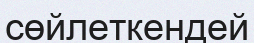
сөйлеткендей